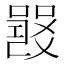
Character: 𤕦